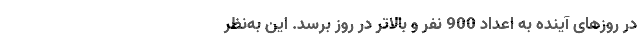
در روزهای آینده به اعداد 900 نفر و بالاتر در روز برسد. این به‌نظر